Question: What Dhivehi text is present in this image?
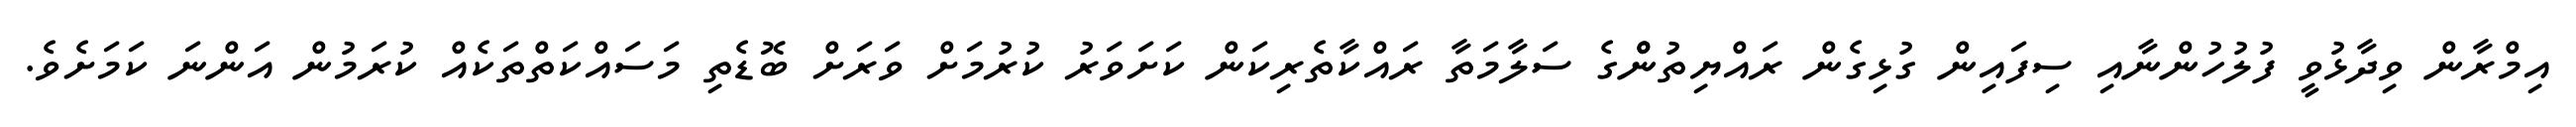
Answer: އިމްރާން ވިދާޅުވީ ފުލުހުންނާއި ސިފައިން ގުޅިގެން ރައްޔިތުންްގެ ސަލާމަތާ ރައްކާތެރިކަން ކަށަވަރު ކުރުމަށް ވަރަށް ބޮޑެތި މަސައްކަތްތަކެއް ކުރަމުން އަންނަ ކަމަށެވެ.